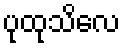
ပုထုသိလေ